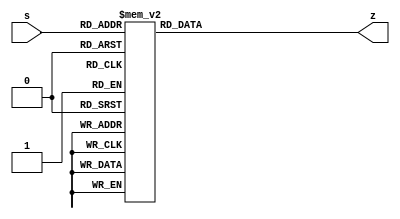
module seven_seg(output reg [7:0] z, input[3:0] s);
	
	always @* begin 
		case(s) 
		4'b0000: z = ~8'b00111111; //0
		4'b0001: z = ~8'b00000110; //1
		4'b0010: z = ~8'b01011011; //2
		4'b0011: z = ~8'b01001111; //3
		4'b0100: z = ~8'b01100110; //4
		4'b0101: z = ~8'b01101101; //5
		4'b0110: z = ~8'b01111101; //6 
		4'b0111: z = ~8'b00000111; //7 
		4'b1000: z = ~8'b01111111; //8 
		4'b1001: z = ~8'b01101111; //9
		4'b1010: z = ~8'b01110111; //A
		4'b1011: z = ~8'b01111100; //B 
		4'b1100: z = ~8'b00111001; //C
		4'b1101: z = ~8'b01011110; //D
		4'b1110: z = ~8'b01111001; //E
		4'b1111: z = ~8'b01110001; //F
	   endcase 
	end
endmodule